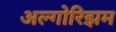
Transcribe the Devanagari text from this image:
अल्गोरिझम